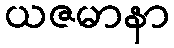
ယဇမာနာ